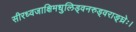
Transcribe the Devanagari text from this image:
सीरध्वजाक्षिमधुलिड्वनरुड्वराङ्घ्रेः।